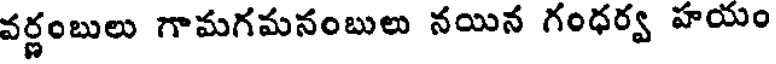
వర్ణంబులు గామగమనంబులు నయిన గంధర్వ హయం